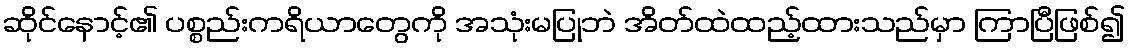
ဆိုင်နောင့်၏ ပစ္စည်းကရိယာတွေကို အသုံးမပြုဘဲ အိတ်ထဲထည့်ထားသည်မှာ ကြာပြီဖြစ်၍